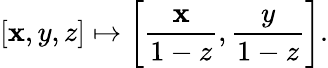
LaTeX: [\mathbf{x},y,z]\mapsto\left[{\frac{{\mathbf{x}}}{{1-z}}},{\frac{{y}}{{1-z}}}\right].